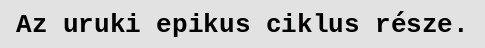
Az uruki epikus ciklus része.